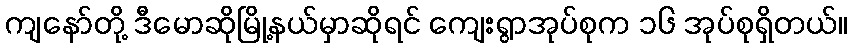
ကျနော်တို့ ဒီမောဆိုမြို့နယ်မှာဆိုရင် ကျေးရွာအုပ်စုက ၁၆ အုပ်စုရှိတယ်။